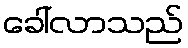
ခေါ်လာသည်